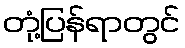
တုံ့ပြန်ရာတွင်